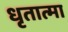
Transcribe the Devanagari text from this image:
धृतात्मा